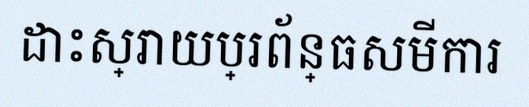
ដោះស្រាយប្រព័ន្ធសមីការ